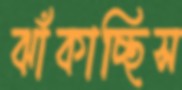
ঝাঁকাচ্ছিস